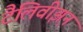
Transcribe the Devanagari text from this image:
टैलिवीझ़न